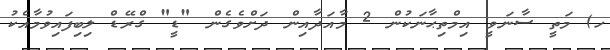
ހ) މަތީ ސާނަވީ އިމްތިޙާނަކުން 2 މާއަދާއިން ދަށްވެގެން "ޑީ" ގްރޭޑް ލިބިފައިވުމާއެކު